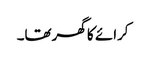
کرائے کا گھرتھا۔